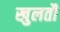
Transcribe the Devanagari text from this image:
खुलतौ